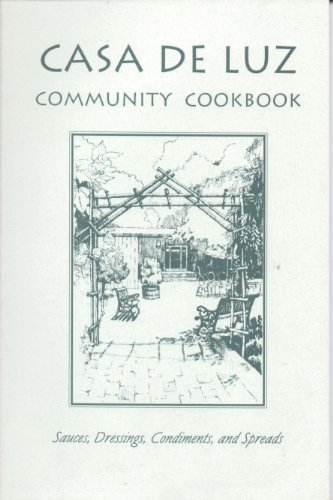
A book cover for Casa de Luz Community Cookbook: Sauces, Dressings, Condiments and Spreads; Health, Fitness & Dieting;